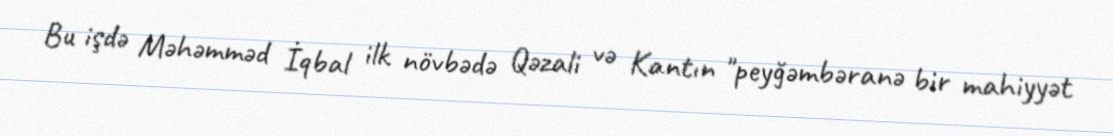
Bu işdə Məhəmməd İqbal ilk növbədə Qəzali və Kantın "peyğəmbəranə bir mahiyyət